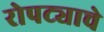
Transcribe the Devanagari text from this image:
रोपट्याचे